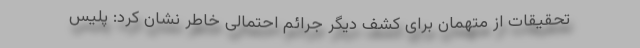
تحقیقات از متهمان برای کشف دیگر جرائم احتمالی خاطر نشان کرد: پلیس